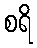
စရိ